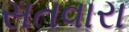
સતવારા